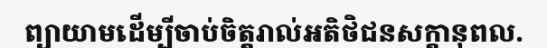
ព្យាយាមដើម្បីចាប់ចិត្តរាល់អតិថិជនសក្តានុពល.